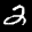
Label: 2